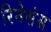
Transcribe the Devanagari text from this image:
रिनेसंस